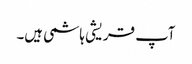
آپ قریشی ہاشمی ہیں۔